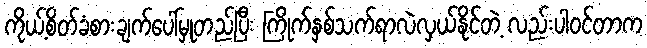
ကိုယ့်စိတ်ခံစားချက်ပေါ်မှုတည်ပြီး ကြိုက်နှစ်သက်ရာလဲလှယ်နိုင်တဲ့ လည်းပါဝင်တာက